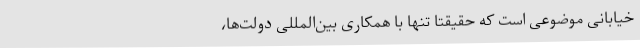
خیابانی موضوعی است که حقیقتاً تنها با همکاری بین‌المللی دولت‌ها،